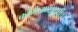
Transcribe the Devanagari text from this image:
कोमेजण्यापूर्वीच